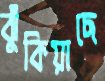
ঝুঁকিয়াছে